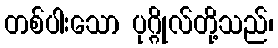
တစ်ပါးသော ပုဂ္ဂိုလ်တို့သည်၊